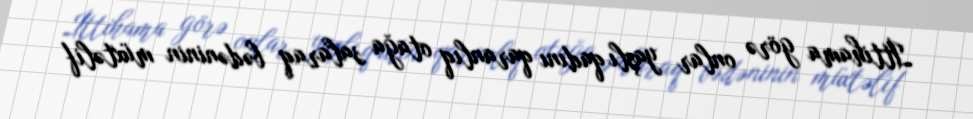
İttihama görə onlar yaşlı qadını qaranlıq otağa salaraq bədəninin müxtəlif